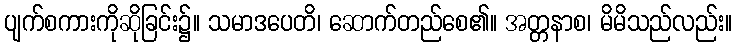
ပျက်စကားကိုဆိုခြင်း၌။ သမာဒပေတိ၊ ဆောက်တည်စေ၏။ အတ္တနာစ၊ မိမိသည်လည်း။